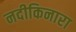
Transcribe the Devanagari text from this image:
नदीकिनारा